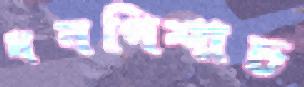
ধনপিশাচ